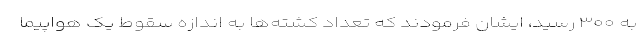
به ۳۰۰ رسید، ایشان فرمودند که تعداد کشته‌ها به اندازه سقوط یک هواپیما